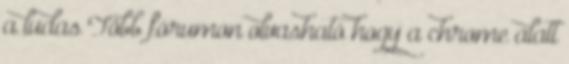
a ludas Több fórumon olvasható hogy a chrome alatt